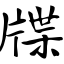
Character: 牒